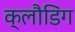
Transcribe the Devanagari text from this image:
क्लौडिंग